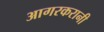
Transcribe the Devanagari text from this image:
आगरकरानी